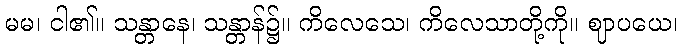
မမ၊ ငါ၏။ သန္တာနေ၊ သန္တာန်၌။ ကိလေသေ၊ ကိလေသာတို့ကို။ ဈာပယေ၊